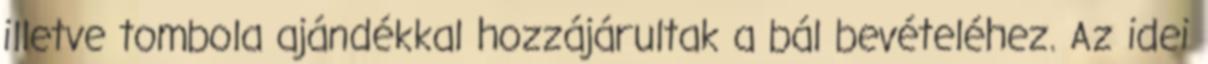
illetve tombola ajándékkal hozzájárultak a bál bevételéhez. Az idei